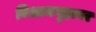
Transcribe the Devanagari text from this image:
विश्रामगृहावर